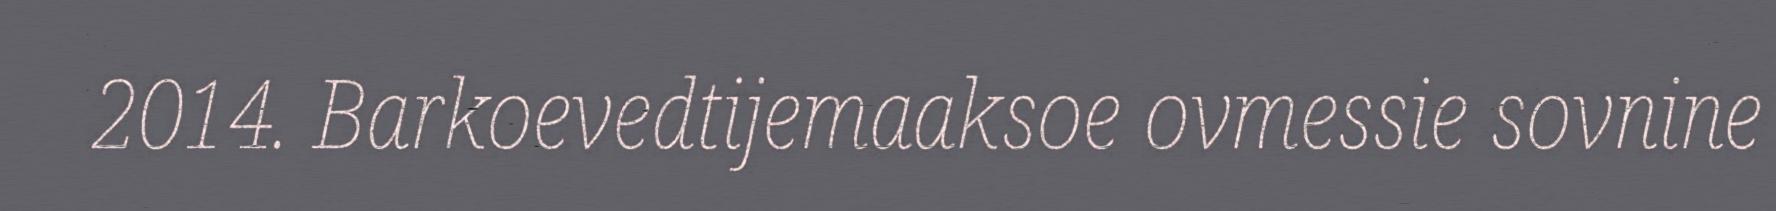
2014. Barkoevedtijemaaksoe ovmessie sovnine